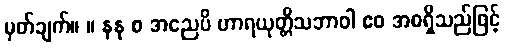
မှတ်ချက်။ ။ နနု စ အညေပိ ဟာရယုတ္တိသဘာဝါ ဧဝ အစရှိသည်ဖြင့်